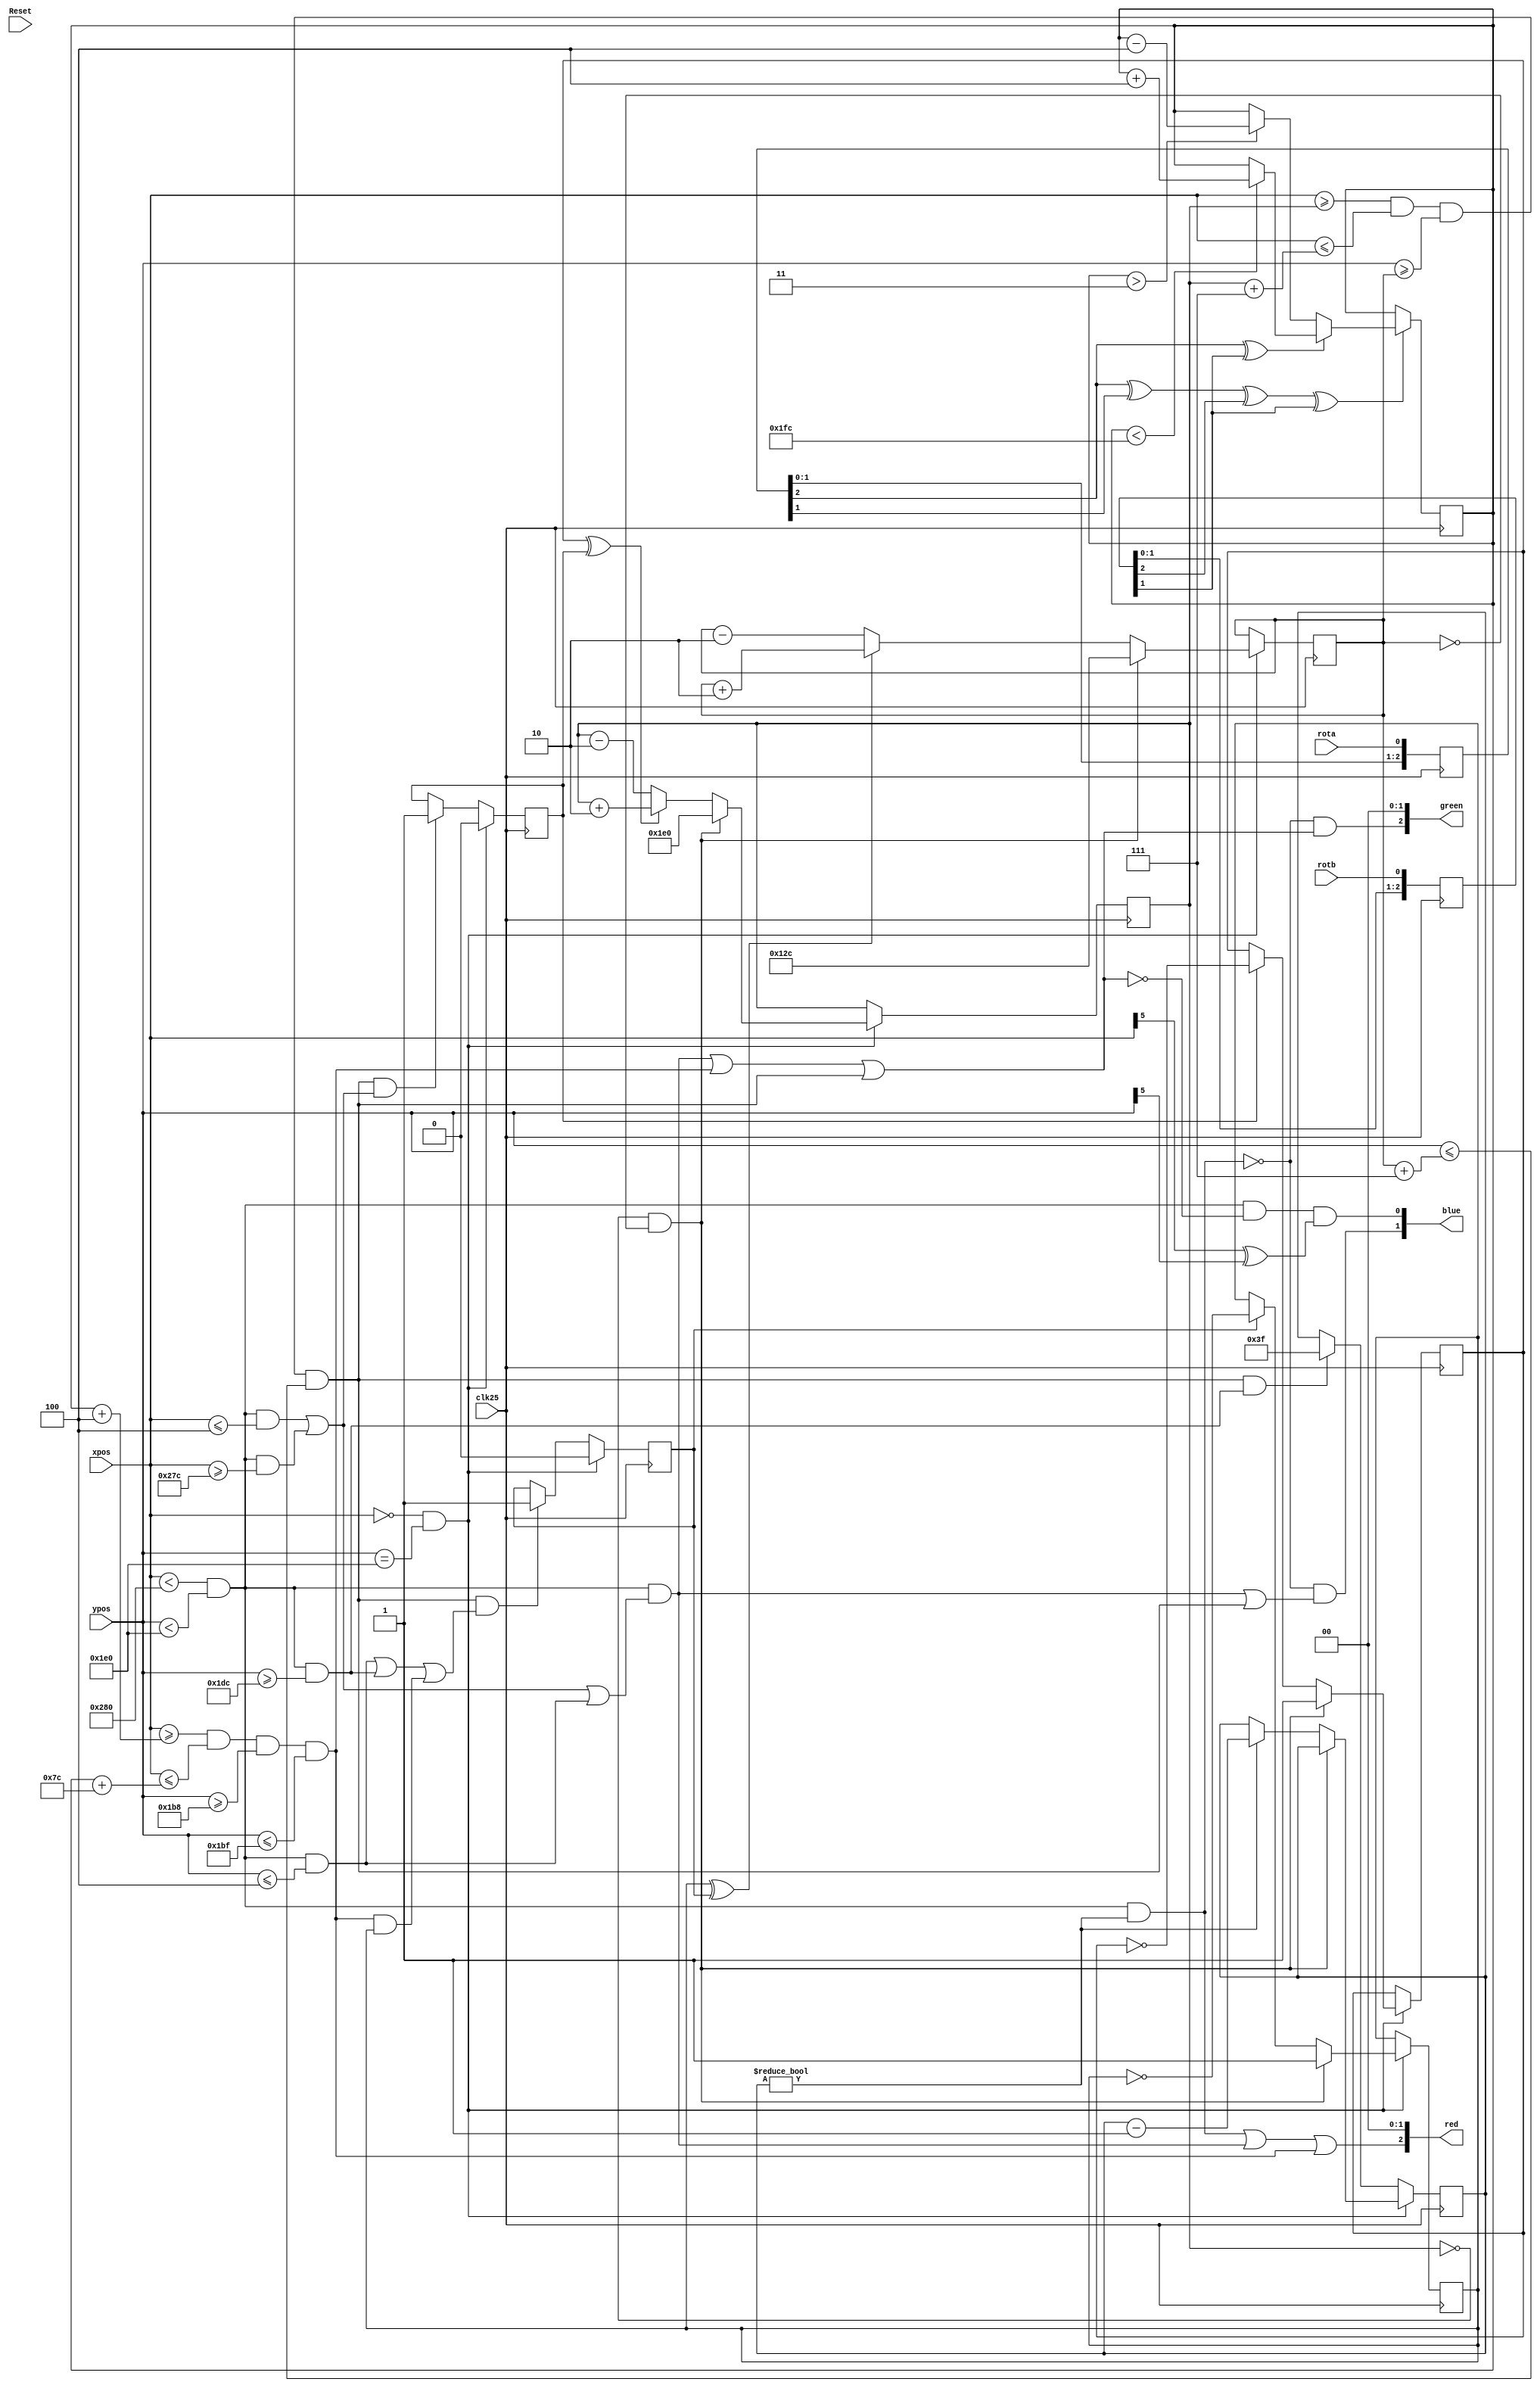
`timescale 1ns / 1ps
//////////////////////////////////////////////////////////////////////////////////
// CM Box: 			 1608 & 1876
//
// Module Name:    game
// Description:
//
// updates the ball and paddle positions, and determines the output video image
//
//////////////////////////////////////////////////////////////////////////////////

module game(input clk25, input Reset,
				input [9:0] xpos,
				input [9:0] ypos,
				input rota,
				input rotb,
				output [2:0] red,
				output [2:0] green,
				output [1:0] blue);
		
// paddle movement		
reg [8:0] paddlePosition;
reg [2:0] quadAr, quadBr;
always @(posedge clk25) quadAr <= {quadAr[1:0], rota};
always @(posedge clk25) quadBr <= {quadBr[1:0], rotb};

always @(posedge clk25)
if(quadAr[2] ^ quadAr[1] ^ quadBr[2] ^ quadBr[1])
begin
	if(quadAr[2] ^ quadBr[1]) begin
		if(paddlePosition < 508)        // make sure the value doesn't overflow
			paddlePosition <= paddlePosition + 3'd4;
	end
	else begin
		if(paddlePosition > 2'd3)        // make sure the value doesn't underflow
			paddlePosition <= paddlePosition - 3'd4;
	end
end
		
// ball movement	
reg [9:0] ballX;
reg [8:0] ballY;
reg ballXdir, ballYdir;
reg bounceX, bounceY;
	
wire endOfFrame = (xpos == 0 && ypos == 480);
	
always @(posedge clk25) begin
	if (endOfFrame) begin // update ball position at end of each frame
		if (ballX == 0 && ballY == 0) begin // cheesy reset handling, assumes initial value of 0
			ballX <= 480;
			ballY <= 300;
		end
		else begin
			if (ballXdir ^ bounceX) 
				ballX <= ballX + 2'd2;
			else 
				ballX <= ballX - 2'd2;	

			if (ballYdir ^ bounceY) 
				ballY <= ballY + 2'd2;
			else
				ballY <= ballY - 2'd2;	
		end
	end	
end		
		
// pixel color	
reg [5:0] missTimer;	
wire visible = (xpos < 640 && ypos < 480);
wire top = (visible && ypos <= 4);
wire bottom = (visible && ypos >= 476);
wire left = (visible && xpos <= 4);
wire right = (visible && xpos >= 636);
wire border = (visible && (left || right || top));
wire paddle = (xpos >= paddlePosition+4 && xpos <= paddlePosition+124 && ypos >= 440 && ypos <= 447);
wire ball = (xpos >= ballX && xpos <= ballX+7 && ypos >= ballY && ypos <= ballY+7);
wire background = (visible && !(border || paddle || ball));
wire checkerboard = (xpos[5] ^ ypos[5]);
wire missed = visible && missTimer != 0;

assign red   = { missed || border || paddle, 2'b00 };
assign green = { !missed && (border || paddle || ball), 2'b00 };
assign blue  = { !missed && (border || ball), background && checkerboard}; 
		
// ball collision	
always @(posedge clk25) begin
	if (!endOfFrame) begin
		if (ball && (left || right))
			bounceX <= 1;
		if (ball && (top || bottom || (paddle && ballYdir)))
			bounceY <= 1;
		if (ball && bottom)
			missTimer <= 63;
	end
	else begin
		if (ballX == 0 && ballY == 0) begin // cheesy reset handling, assumes initial value of 0
			ballXdir <= 1;
			ballYdir <= 1;
			bounceX <= 0;
			bounceY <= 0;
		end 
		else begin
			if (bounceX)
				ballXdir <= ~ballXdir;
			if (bounceY)
				ballYdir <= ~ballYdir;			
			bounceX <= 0;
			bounceY <= 0;
			if (missTimer != 0)
				missTimer <= missTimer - 1'b1;
		end
	end
end
		
endmodule